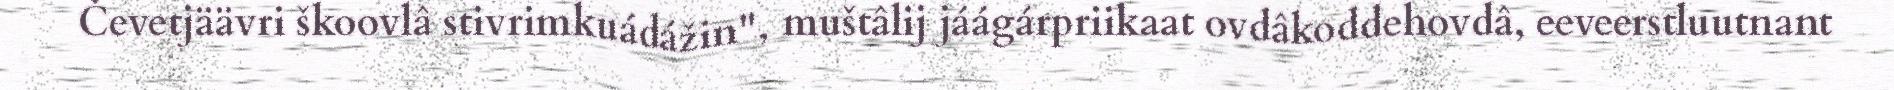
Čevetjäävri škoovlâ stivrimkuádážin", muštâlij jáágárpriikaat ovdâkoddehovdâ, eeveerstluutnant